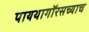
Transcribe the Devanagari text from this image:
पायथागॉरसच्याच